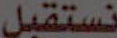
نستقبل